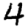
Digit: 4